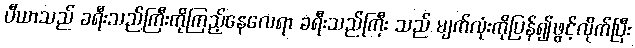
ပီယာသည် ခရီးသည်ကြီးကိုကြည့်နေလေရာ ခရီးသည်ကြီး သည် မျက်လုံးကိုပြန်၍ဖွင့်လိုက်ပြီး